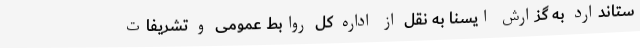
ستاندارد به گزارش ایسنا به نقل از اداره کل روابط عمومی و تشریفات